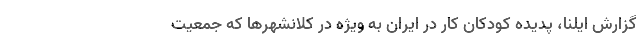
گزارش ایلنا، پدیده کودکان کار در ایران به ویژه در کلانشهر‌ها که جمعیت